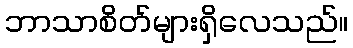
ဘာသာစိတ်များရှိလေသည်။